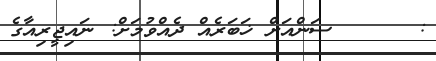
:      ސަންއަށް ޚަބަރެއް ދެއްވުމަށް: ނައިޖީރިއާގެ